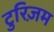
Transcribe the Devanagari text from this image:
टुरिज़म